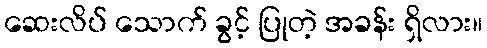
ဆေးလိပ် သောက် ခွင့် ပြုတဲ့ အခန်း ရှိလား။